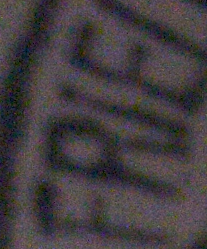
FRIE